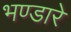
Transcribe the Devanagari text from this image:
भण्‍डारे